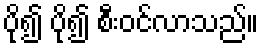
ပို၍ ပို၍ စီးဝင်လာသည်။